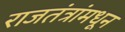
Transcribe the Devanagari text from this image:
राजतंत्रांमधून